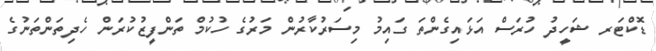
ޑޮކްޓަރ ޝަހީދު ހުރަސް އަޅައިގެންތަ ގައިމު މިސަރުކާރުން މަރުގެ ހުކުމް ތަންފީޒުކުރަން ހެދިތަންތަނުގެ